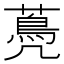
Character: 𦽏